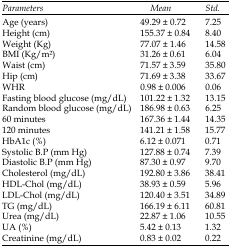
<table><thead><tr><td><b>Parameters</b></td><td><b>Mean</b></td><td><b>Std.</b></td></tr></thead><tbody><tr><td>Age (years)</td><td>49.29 ± 0.72</td><td>7.25</td></tr><tr><td>Height (cm)</td><td>155.37 ± 0.84</td><td>8.40</td></tr><tr><td>Weight (Kg)</td><td>77.07 ± 1.46</td><td>14.58</td></tr><tr><td>BMI (Kg/m2)</td><td>31.26 ± 0.61</td><td>6.04</td></tr><tr><td>Waist (cm)</td><td>71.57 ± 3.59</td><td>35.80</td></tr><tr><td>Hip (cm)</td><td>71.69 ± 3.38</td><td>33.67</td></tr><tr><td>WHR</td><td>0.98 ± 0.006</td><td>0.06</td></tr><tr><td>Fasting blood glucose (mg/dL)</td><td>101.22 ± 1.32</td><td>13.15</td></tr><tr><td>Random blood glucose (mg/dL)</td><td>186.98 ± 0.63</td><td>6.25</td></tr><tr><td>60 minutes</td><td>167.36 ± 1.44</td><td>14.35</td></tr><tr><td>120 minutes</td><td>141.21 ± 1.58</td><td>15.77</td></tr><tr><td>HbA1c (%)</td><td>6.12 ± 0.071</td><td>0.71</td></tr><tr><td>Systolic B.P (mm Hg)</td><td>127.88 ± 0.74</td><td>7.39</td></tr><tr><td>Diastolic B.P (mm Hg)</td><td>87.30 ± 0.97</td><td>9.70</td></tr><tr><td>Cholesterol (mg/dL)</td><td>192.80 ± 3.86</td><td>38.41</td></tr><tr><td>HDL-Chol (mg/dL)</td><td>38.93 ± 0.59</td><td>5.96</td></tr><tr><td>LDL-Chol (mg/dL)</td><td>120.40 ± 3.51</td><td>34.89</td></tr><tr><td>TG (mg/dL)</td><td>166.19 ± 6.11</td><td>60.81</td></tr><tr><td>Urea (mg/dL)</td><td>22.87 ± 1.06</td><td>10.55</td></tr><tr><td>UA (%)</td><td>5.42 ± 0.13</td><td>1.32</td></tr><tr><td>Creatinine (mg/dL)</td><td>0.83 ± 0.02</td><td>0.22</td></tr></tbody></table>